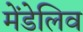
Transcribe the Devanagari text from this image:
मेंडेलिव